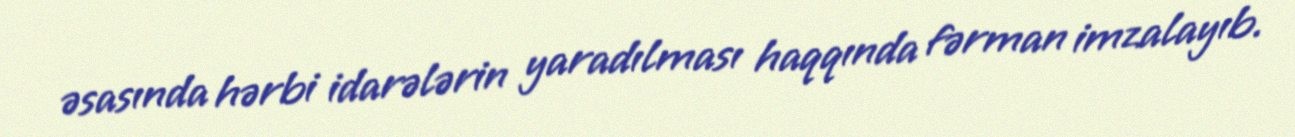
əsasında hərbi idarələrin yaradılması haqqında fərman imzalayıb.